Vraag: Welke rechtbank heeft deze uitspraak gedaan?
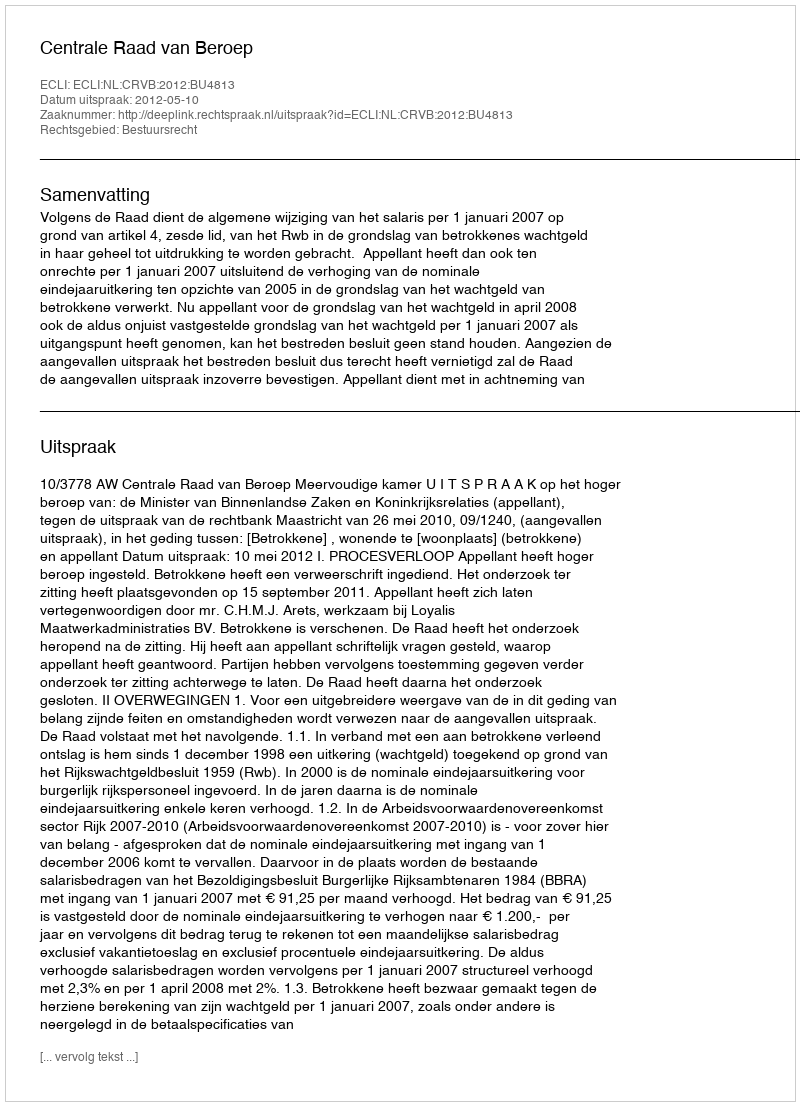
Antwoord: Centrale Raad van Beroep